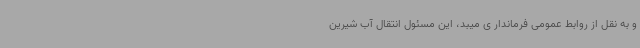
و به نقل از روابط عمومی فرماندار ی میبد، این مسئول انتقال آب شیرین